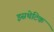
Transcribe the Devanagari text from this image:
इसथेटिक